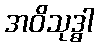
အဝိသုဒ္ဓါ